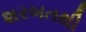
શરબતથી